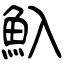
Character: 魞